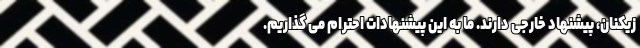
زیکنان، پیشنهاد خارجی دارند. ما به این پیشنهادات احترام می گذاریم.